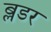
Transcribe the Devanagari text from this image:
ब्लडर